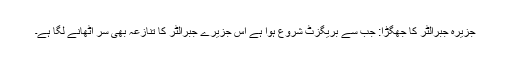
جزیرہ جبرالٹر کا جھگڑا: جب سے بریگزٹ شروع ہوا ہے اس جزیرے جبرالٹر کا تنازعہ بھی سر اٹھانے لگا ہے۔